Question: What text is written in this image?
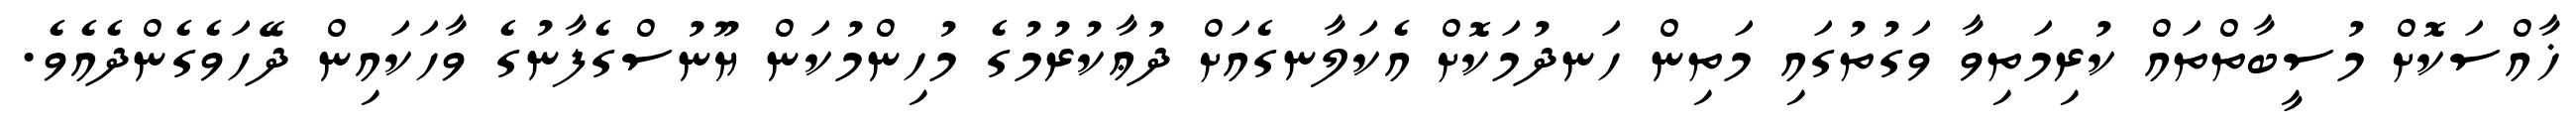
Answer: ޚާއްސަކޮށް މުސީބާތްތައް ކުރިމަތިވާ ވަގުތުގައި މަތިން ހަނދުމަކޮށް އެކަލާނގެއަށް ދުޢާކުރުމުގެ މުހިންމުކަން ޔޫނުސްގެފާނުގެ ވާހަކައިން ދޭހަވެގެންދެއެވެ.